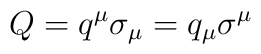
Q = q^\mu \sigma_\mu = q_\mu \sigma^\mu